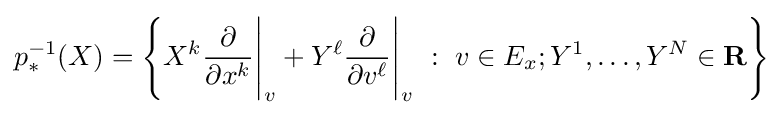
p_{*}^{-1}(X)=\left\{X^{k}{\frac {\partial }{\partial x^{k}}}{\Bigg |}_{v}+Y^{\ell }{\frac {\partial }{\partial v^{\ell }}}{\Bigg |}_{v}\ :\ v\in E_{x};Y^{1},\ldots ,Y^{N}\in \mathbf {R} \right\}